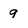
Character: 9